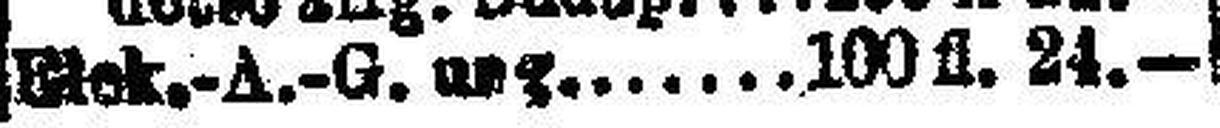
Elek.-A.-G. ung. 100 fl. 24.—